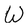
Character: W